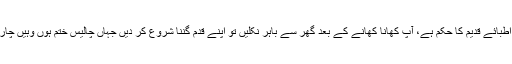
کھانے کے بعد چہل قدمی اطبائے قدیم کا حکم ہے، آپ کھانا کھانے کے بعد گھر سے باہر نکلیں تو اپنے قدم گننا شروع کر دیں جہاں چالیس ختم ہوں وہیں چار پائی بچھائی اور سو گئے۔